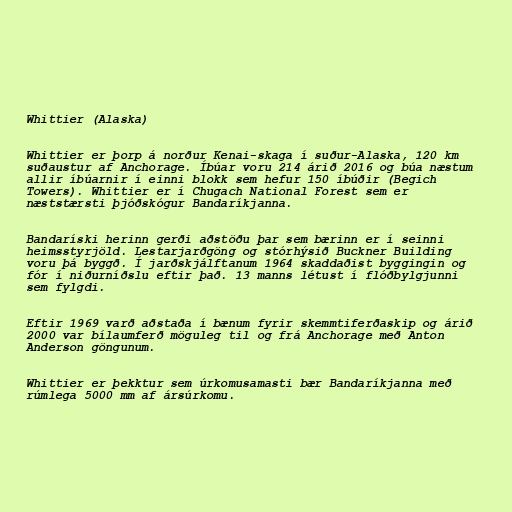
Whittier (Alaska)

Whittier er þorp á norður Kenai-skaga í suður-Alaska, 120 km
suðaustur af Anchorage. Íbúar voru 214 árið 2016 og búa næstum
allir íbúarnir í einni blokk sem hefur 150 íbúðir (Begich
Towers). Whittier er í Chugach National Forest sem er
næststærsti þjóðskógur Bandaríkjanna.

Bandaríski herinn gerði aðstöðu þar sem bærinn er í seinni
heimsstyrjöld. Lestarjarðgöng og stórhýsið Buckner Building
voru þá byggð. Í jarðskjálftanum 1964 skaddaðist byggingin og
fór í niðurníðslu eftir það. 13 manns létust í flóðbylgjunni
sem fylgdi.

Eftir 1969 varð aðstaða í bænum fyrir skemmtiferðaskip og árið
2000 var bílaumferð möguleg til og frá Anchorage með Anton
Anderson göngunum.

Whittier er þekktur sem úrkomusamasti bær Bandaríkjanna með
rúmlega 5000 mm af ársúrkomu.